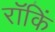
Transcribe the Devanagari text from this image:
रॉकिं